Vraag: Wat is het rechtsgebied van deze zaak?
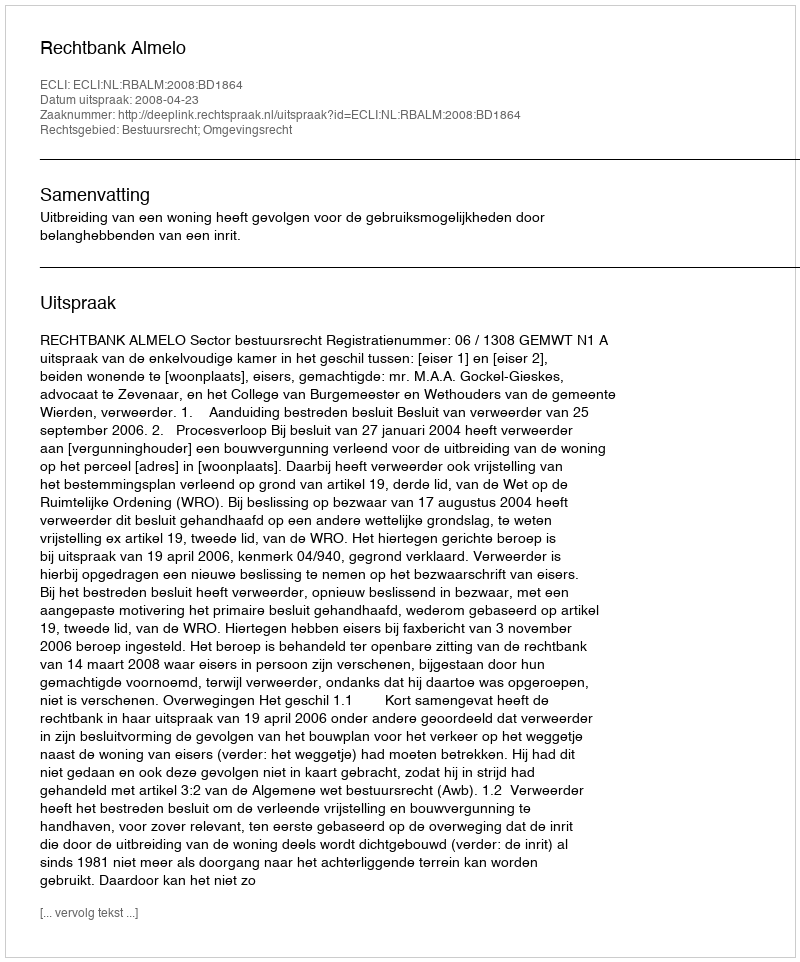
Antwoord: Bestuursrecht; Omgevingsrecht